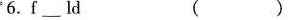
6.f___ld ( )